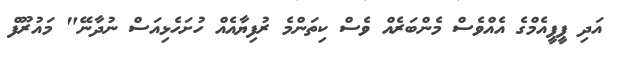
އަދި ޕީޕީއެމްގެ އެއްވެސް މެންބަރެއް ވެސް ކިތަންމެ ރުފިޔާއެއް ހުށަހެޅިއަސް ނުދާނޭ" މައުރޫފް